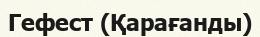
Гефест (Қарағанды)